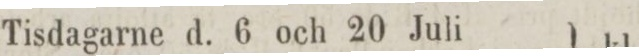
Tisdagarne d. 6 och 20 Juli